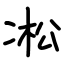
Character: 凇